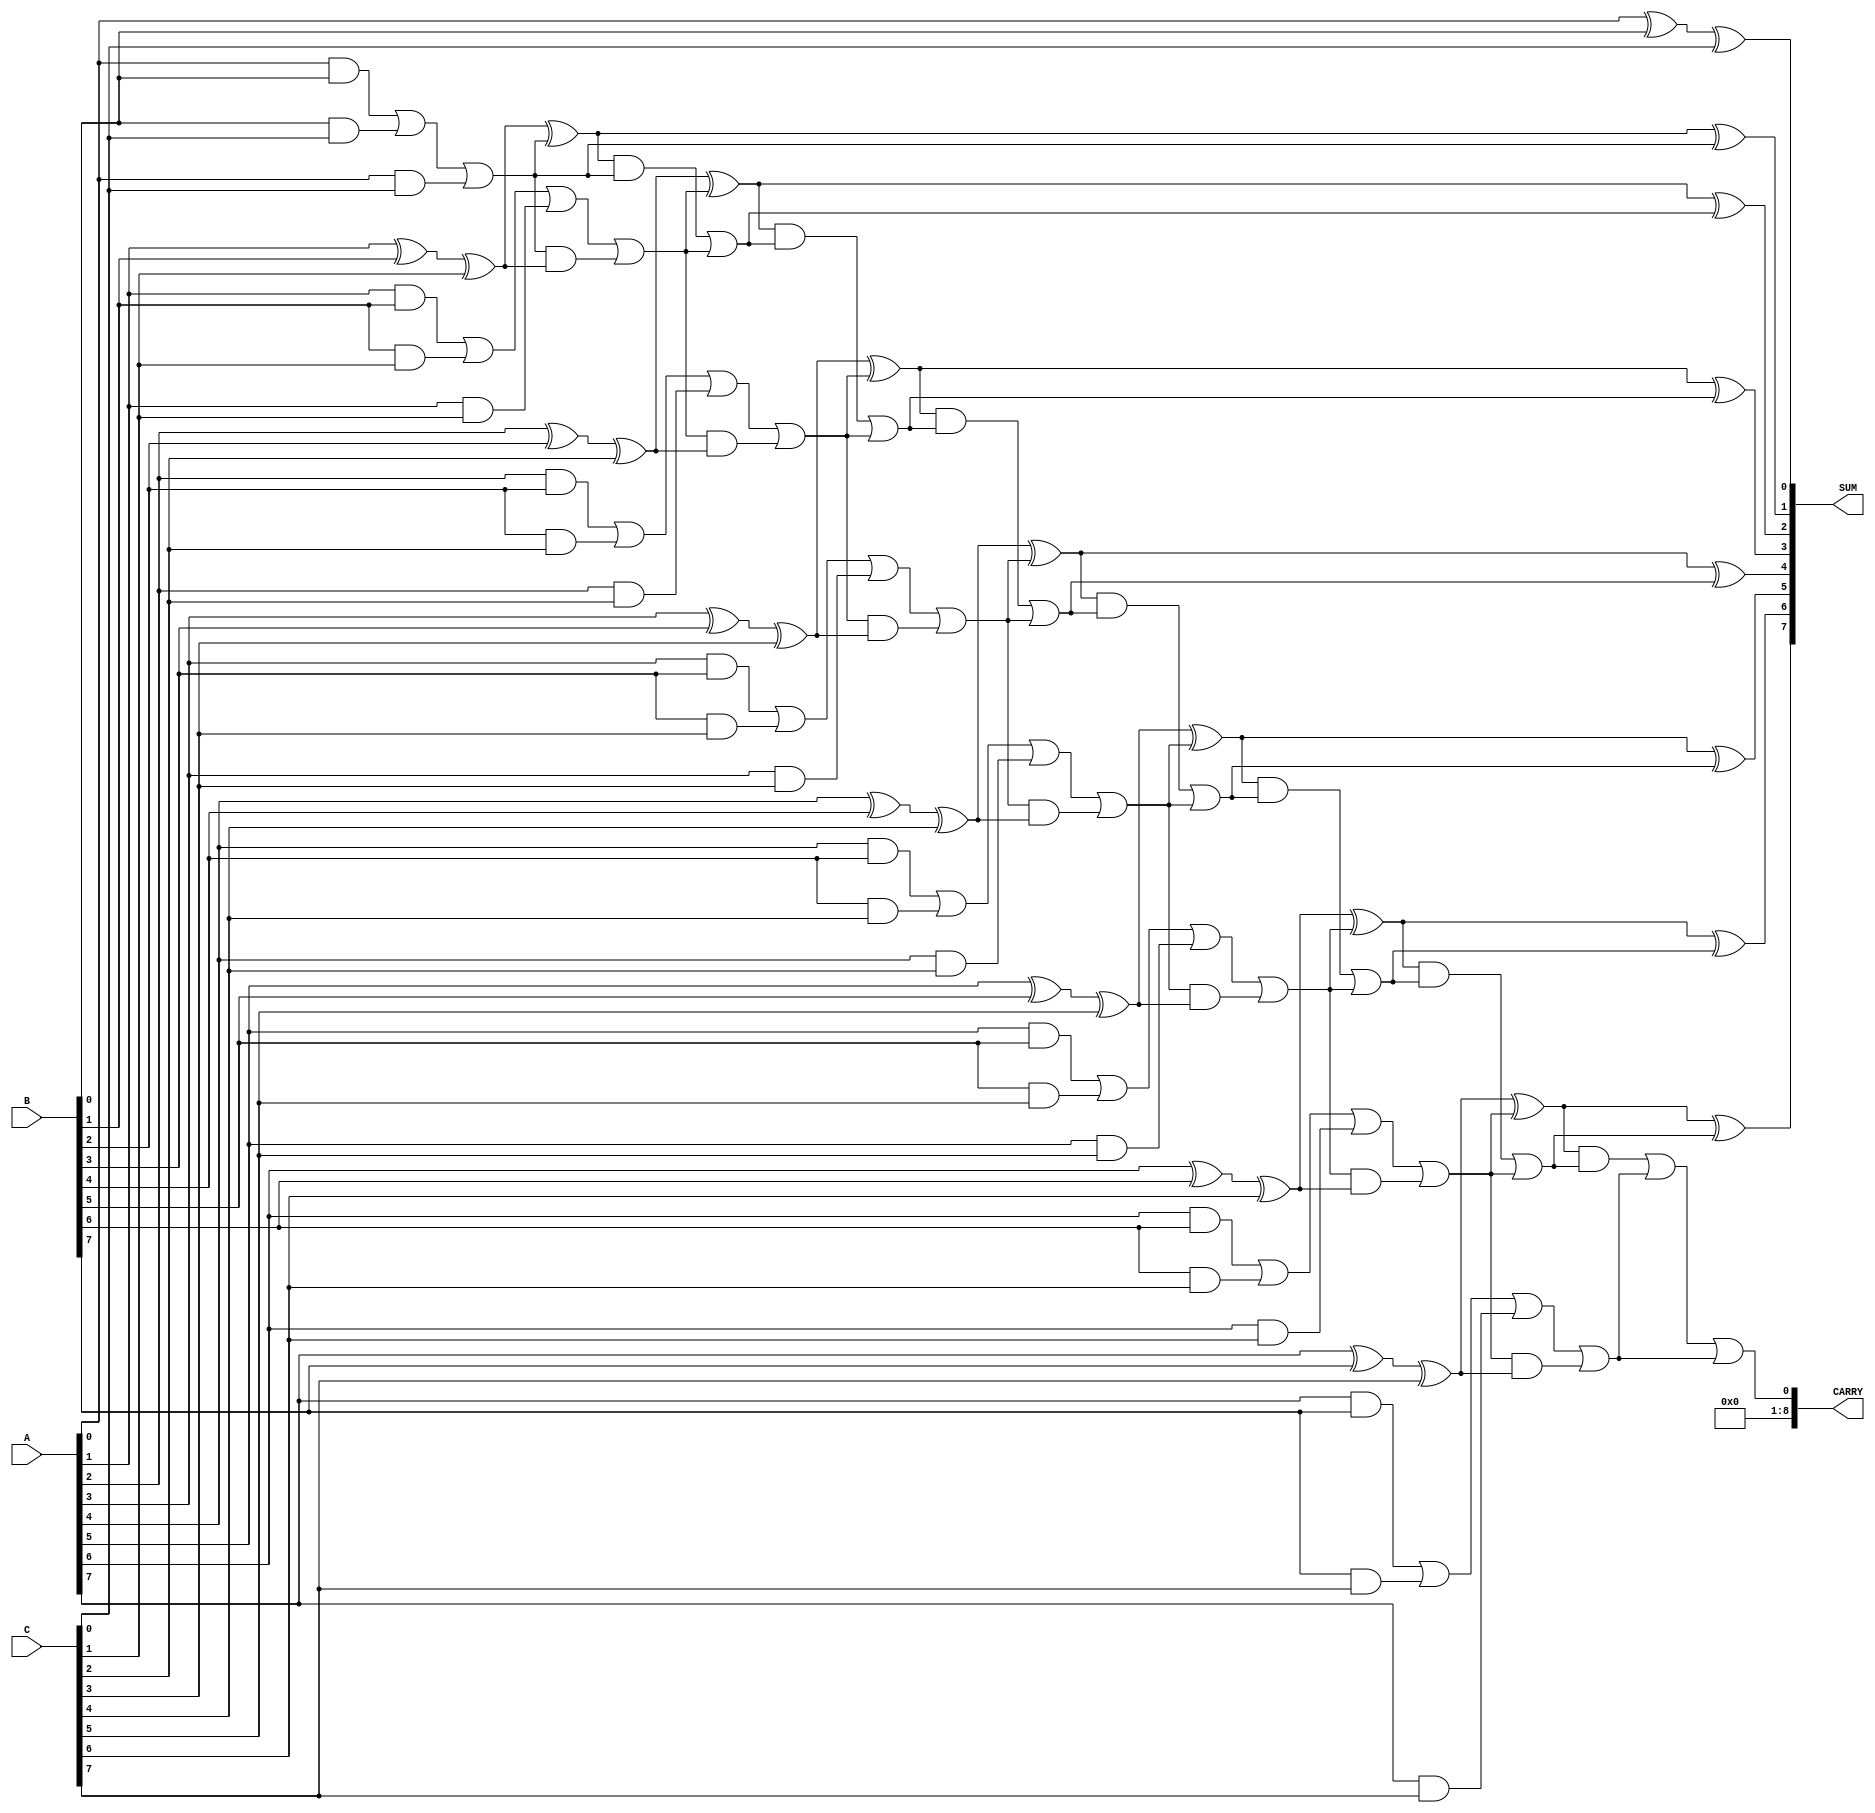
module Modified_Carry_Save_Adder #(parameter WIDTH = 8) (
    input  [WIDTH-1:0] A,
    input  [WIDTH-1:0] B,
    input  [WIDTH-1:0] C,
    output [WIDTH-1:0] SUM,
    output [WIDTH:0]   CARRY
);

// Intermediate signals for sums and carries
wire [WIDTH-1:0] sum1, sum2;
wire [WIDTH:0] carry1, carry2;

// First stage of full adders
genvar i;
generate
    for (i = 0; i < WIDTH; i = i + 1) begin : full_adder_stage1
        if (i == 0) begin
            // For the first bit, there's no carry-in
            assign sum1[i] = A[i] ^ B[i] ^ C[i];
            assign carry1[i] = (A[i] & B[i]) | (B[i] & C[i]) | (A[i] & C[i]);
        end else begin
            assign sum1[i] = A[i] ^ B[i] ^ C[i] ^ carry1[i-1];
            assign carry1[i] = (A[i] & B[i]) | (B[i] & C[i]) | (A[i] & C[i]) | (carry1[i-1] & (A[i] ^ B[i] ^ C[i]));
        end
    end
endgenerate

// Second stage of full adders
generate
    for (i = 0; i < WIDTH; i = i + 1) begin : full_adder_stage2
        if (i == 0) begin
            // For the first bit, there's no carry-in
            assign sum2[i] = sum1[i];
            assign carry2[i] = carry1[i];
        end else begin
            assign sum2[i] = sum1[i] ^ carry2[i-1];
            assign carry2[i] = (sum1[i] & carry2[i-1]) | carry1[i];
        end
    end
endgenerate

// Final carry output
assign CARRY = carry2[WIDTH-1] | carry1[WIDTH-1];
assign SUM = sum2;

endmodule